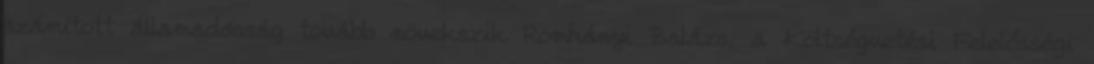
számított államadósság tovább növekszik Romhányi Balázs, a Költségvetési Felelősségi